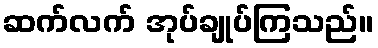
ဆက်လက် အုပ်ချုပ်ကြသည်။